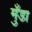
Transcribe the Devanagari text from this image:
मुँडा